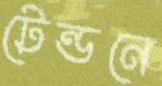
টেন্ডনে